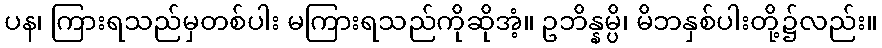
ပန၊ ကြားရသည်မှတစ်ပါး မကြားရသည်ကိုဆိုအံ့။ ဥဘိန္နမ္ပိ၊ မိဘနှစ်ပါးတို့၌လည်း။